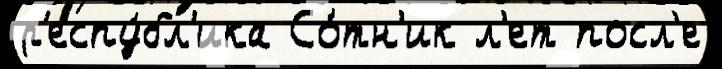
р'еспу́бл'ика Со́тн'ик л'ет посл'е